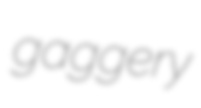
gaggery